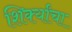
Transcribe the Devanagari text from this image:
शिर्क्यांचा